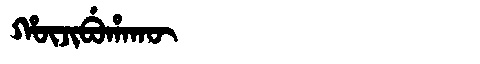
Manchu: ᡥᡡᠵᡳᠪᡠᡥᠠᡴᡡ
Romanization: HŪJIBUHAKŪ